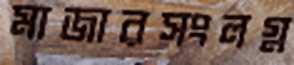
মাজারসংলগ্ন